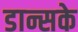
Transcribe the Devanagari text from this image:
डान्सके